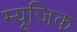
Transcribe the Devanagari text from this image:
म्यूजि़क